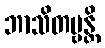
ဘာသိတဗ္ဗန္တိ